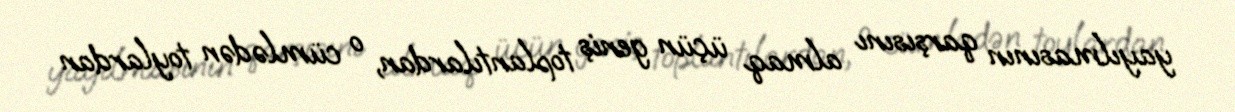
yayılmasının qarşısını almaq üçün geniş toplantılardan, o cümlədən toylardan